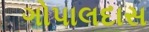
ગોપાલદાસ